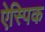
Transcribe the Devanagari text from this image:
ऐस्पिक